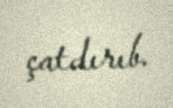
çatdırıb.